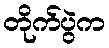
တိုက်ပွဲက